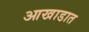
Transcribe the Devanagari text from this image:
आखाडात